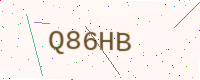
Text: Q86HB